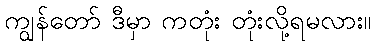
ကျွန်တော် ဒီမှာ ကတုံး တုံးလို့ရမလား။